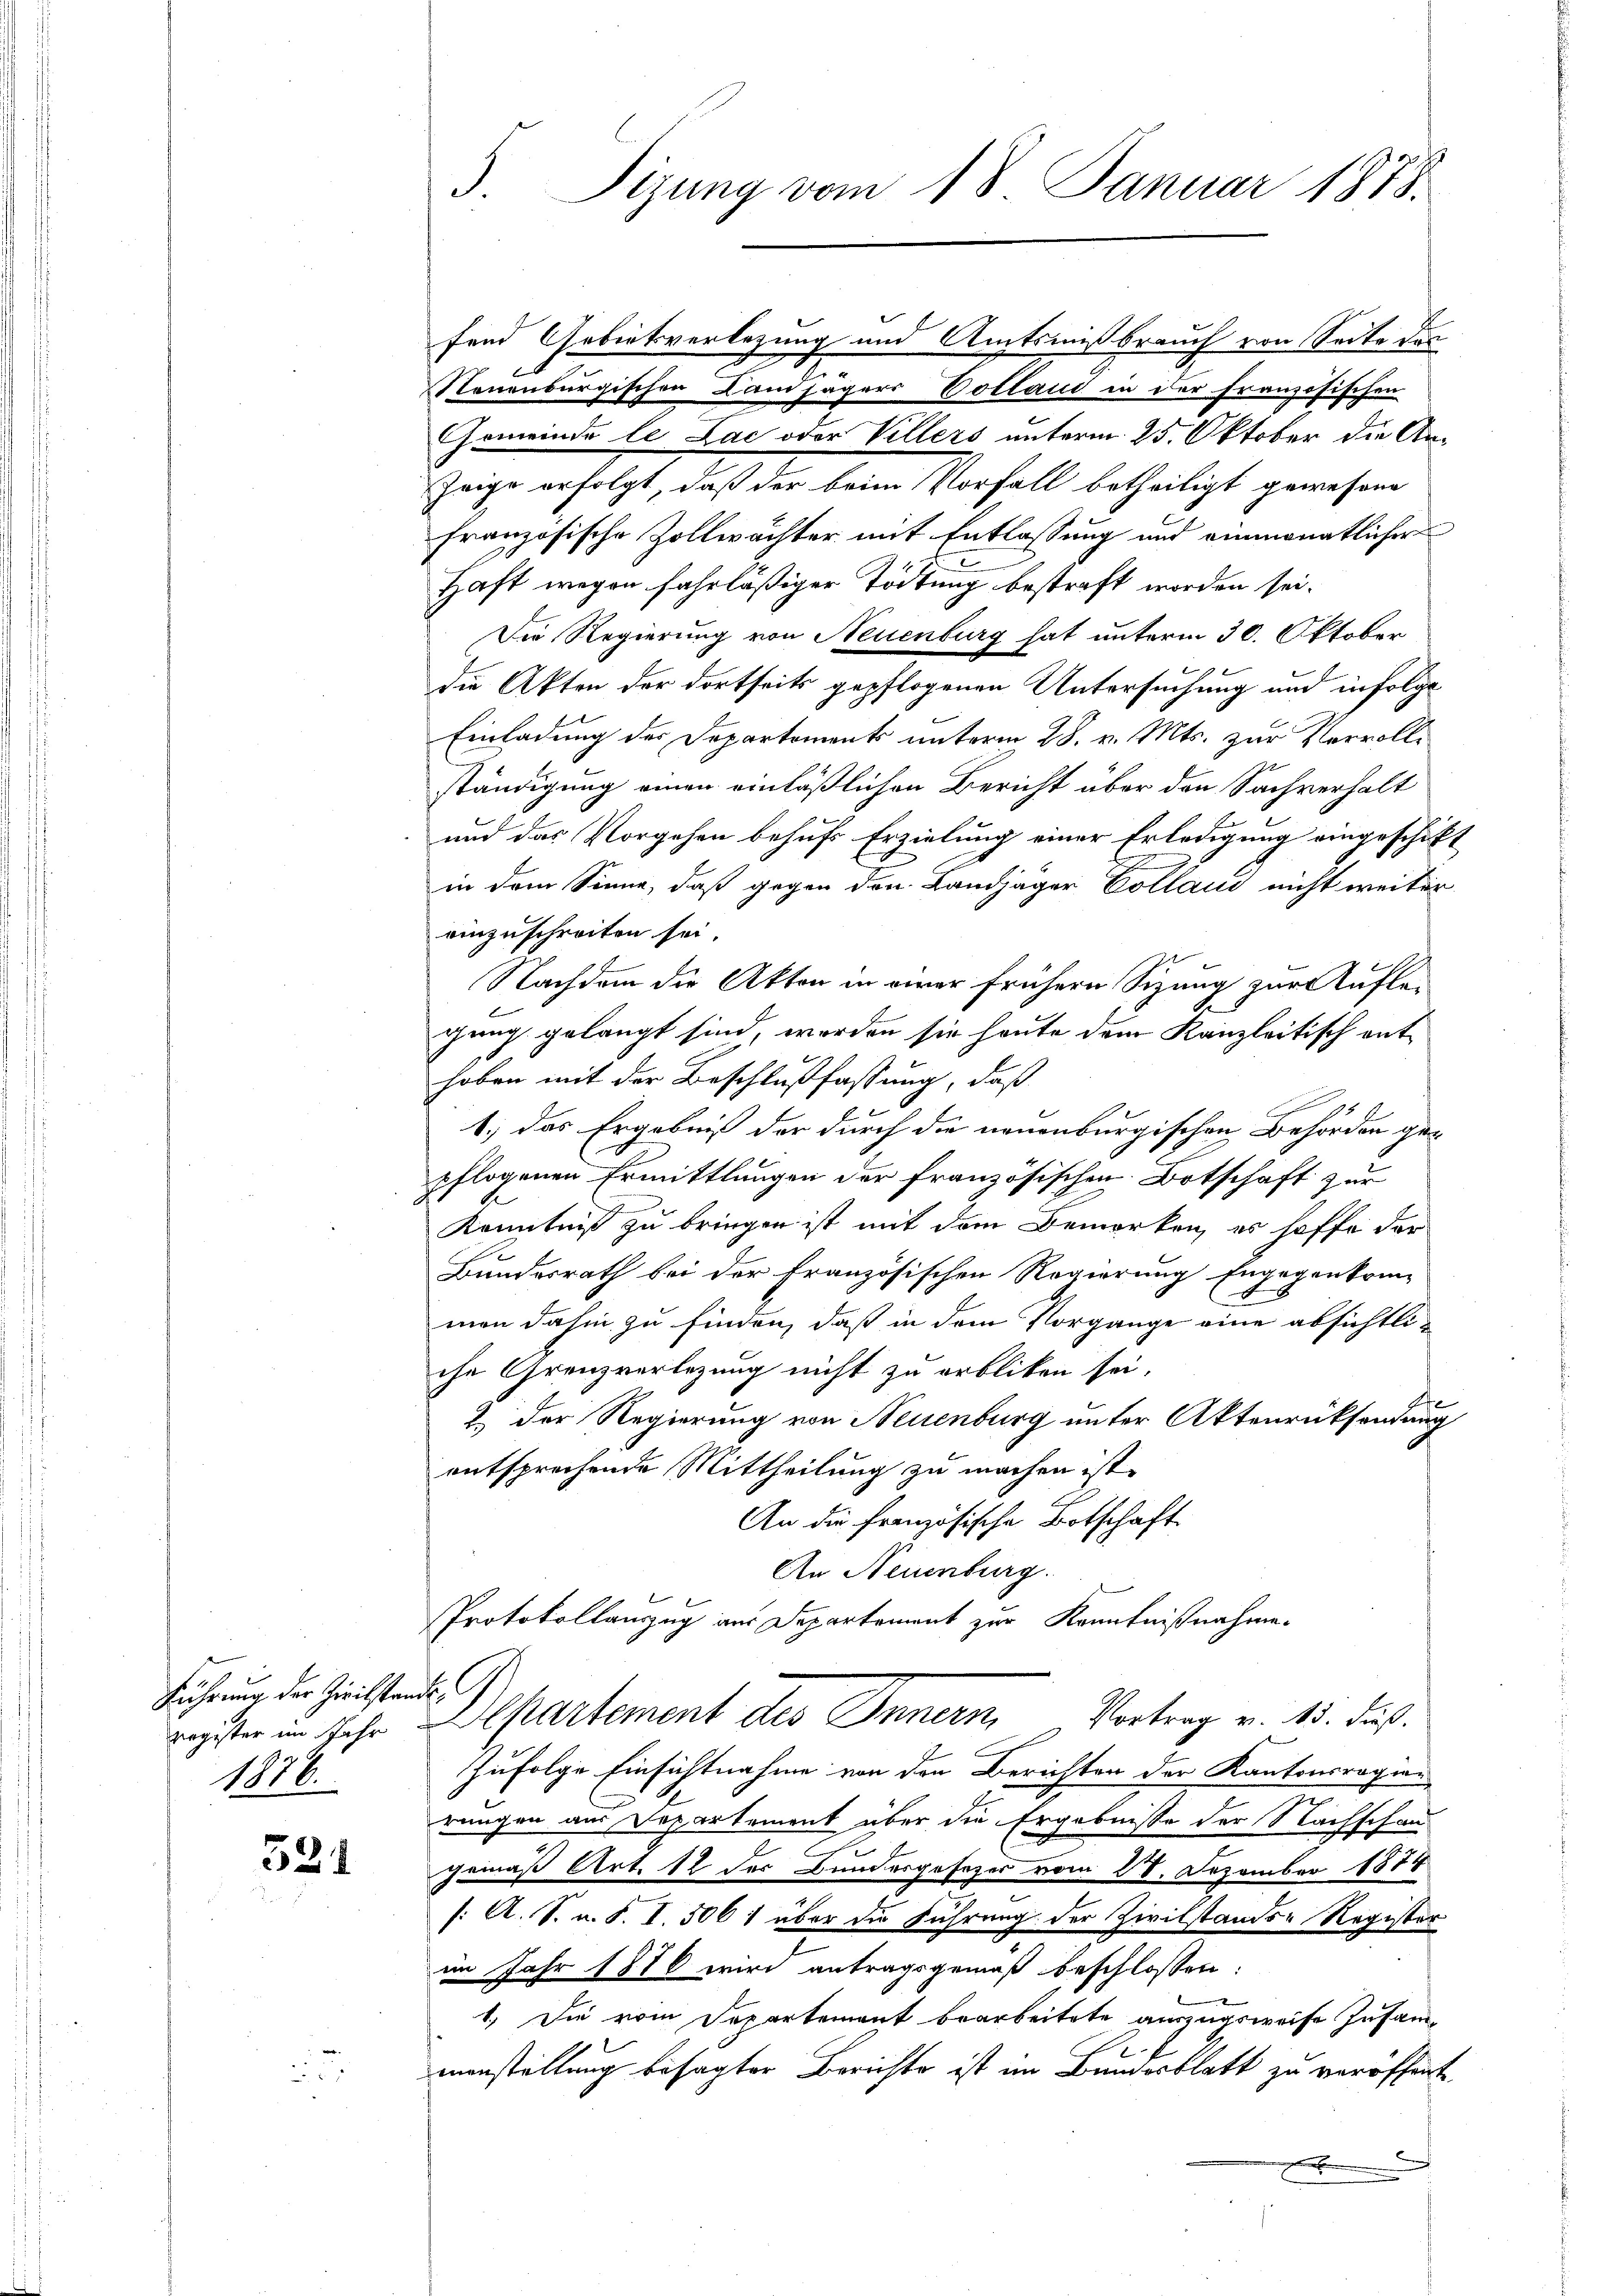
Führung der Zweilstande G
1876.

321

3. Sizung vom 18. Januar 1878.

Steuenburgischen Landjägers Pottand in der französischen
Gemeinde le Lac oder Villers unterm 25. Oktober die An¬
Zeige erfolgt, daß der beim Vorfall betheiligt gewesene
französische Zollwächter mit Entlassung und einmonatlicher
Haft wegen fahrläßiger Tödtung bestraft worden sei.
Die Regierung von Neuenburg hat unterm 30. Oktober
die Akten der dortseits gepflogenen Untersuchung und infolge
Einladung des Departements unterm 28. v. Mts. zur Vervollständigung einen einläßlichen Bericht über den Sachverhalt
und das Vorgehen behufs Erzielung einer Erledigung eingeschikt
in dem Sinne, daß gegen den Landjäger Colland nicht weiter
einzuschreiten sei.
Nachdem die Akten in einer frühern Sizung zur Auflegung gelangt sind, worden sie heute dem Kanzleitisch enthoben mit der Beschlußfassung, daß
1.) das Ergebniß der durch die neuenburgischen Behörden gepflogenen Ermittlungen der französischen Botschaft zur
Kenntniß zu bringen ist mit dem Bemerken, es hoffe der
Bundesrath bei der Französischen Regierung Engegenkom-
x
man dahin zu finden, daß in dem Vorgange eine absichtliche Grenzverlegung nicht zu erbliken sei.
2.) Der Regierung von Neuenburg unter Aktenrücksendung
entsprechende Mittheilung zu machen ist.
An die französische Botschaft
An Neuenburg.
Protokollauszug aus Departement zur Kenntnißnahmen
register im Jahr Alpartement des Innern, Vortrag v. 15. Fuß.
Zufolge Einsichtnahme von den Berichten der Kantonsragion
rungen aus Departement über die Ergebnisse der Nachschangemäß Art. 12 der Bundergesezer vom 28. Dezember 1884
/: A. S. v. S. I. 506 1 über die Führung der Zivilstands-Register
im Jahr 1876 wird antragsgemäß beschlossen:
1.) Die vom Departement bearbeitete auszugsweise zusam-
manstellung besagter Berichte ist im Bundesblatt zu veröffente
.
a

fend Gebietsverlegung und Amtsmißbrauch von Seite des